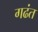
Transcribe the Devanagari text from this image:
गढंत